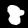
Label: 8